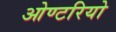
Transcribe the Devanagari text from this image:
ओण्टरियो